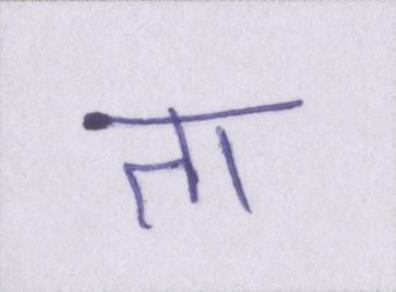
ता